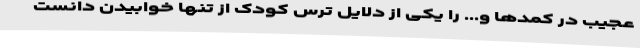
عجیب در کمدها و... را یکی از دلایل ترس کودک از تنها خوابیدن دانست